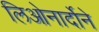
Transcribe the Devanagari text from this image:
लिओनार्दोने